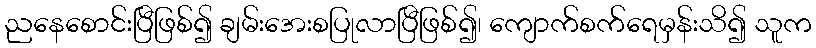
ညနေစောင်းပြီဖြစ်၍ ချမ်းအေးစပြုလာပြီဖြစ်၍၊ ကျောက်စက်ရေမှန်းသိ၍ သူက